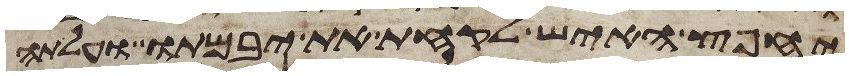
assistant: יחפץ האיש לקחת את יבמתו ועלתה